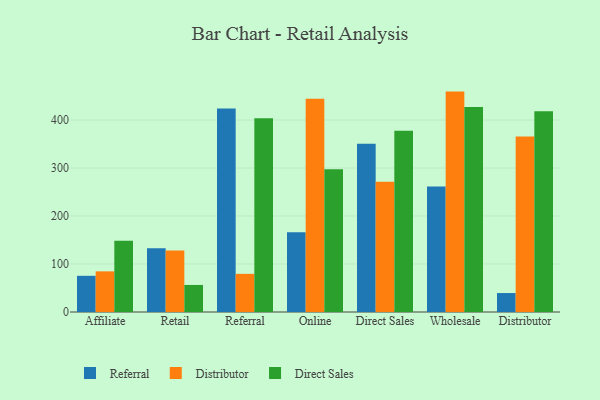
{"axis": {"x": "Channel", "y": "Gross Profit (USD K)"}, "legend": ["Direct Sales", "Distributor", "Referral"], "data": [{"x": "Affiliate", "y": 75.4, "type": "Referral"}, {"x": "Affiliate", "y": 84.7, "type": "Distributor"}, {"x": "Affiliate", "y": 148.5, "type": "Direct Sales"}, {"x": "Retail", "y": 133.0, "type": "Referral"}, {"x": "Retail", "y": 128.2, "type": "Distributor"}, {"x": "Retail", "y": 56.4, "type": "Direct Sales"}, {"x": "Referral", "y": 424.0, "type": "Referral"}, {"x": "Referral", "y": 79.5, "type": "Distributor"}, {"x": "Referral", "y": 403.7, "type": "Direct Sales"}, {"x": "Online", "y": 166.2, "type": "Referral"}, {"x": "Online", "y": 444.3, "type": "Distributor"}, {"x": "Online", "y": 297.4, "type": "Direct Sales"}, {"x": "Direct Sales", "y": 350.6, "type": "Referral"}, {"x": "Direct Sales", "y": 271.4, "type": "Distributor"}, {"x": "Direct Sales", "y": 377.6, "type": "Direct Sales"}, {"x": "Wholesale", "y": 261.6, "type": "Referral"}, {"x": "Wholesale", "y": 459.3, "type": "Distributor"}, {"x": "Wholesale", "y": 427.2, "type": "Direct Sales"}, {"x": "Distributor", "y": 39.5, "type": "Referral"}, {"x": "Distributor", "y": 365.9, "type": "Distributor"}, {"x": "Distributor", "y": 418.3, "type": "Direct Sales"}]}